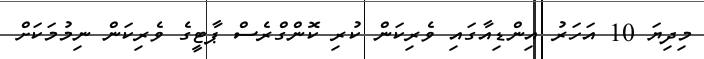
މިދިޔަ 10 އަހަރު އިންޑިއާގައި ވެރިކަން ކުރި ކޮންގްރެސް ޕާޓީގެ ވެރިކަން ނިމުމަކަށް